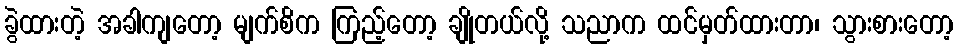
ခွဲထားတဲ့ အခါကျတော့ မျက်စိက ကြည့်တော့ ချိုတယ်လို့ သညာက ထင်မှတ်ထားတာ၊ သွားစားတော့